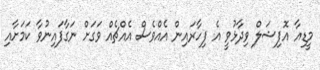
މީޑިއާ އޮފިޝަލް ވިދާޅުވީ އެ ފިހާރައިން އެއްވެސް އެއްޗެއް ވަގަށް ނަގާފައިނުވާ ކަމަށާއި